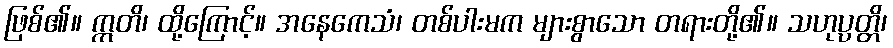
ဖြစ်၏။ ဣတိ၊ ထို့ကြောင့်။ အနေကေသံ၊ တစ်ပါးမက များစွာသော တရားတို့၏။ သဟုပ္ပတ္တိ၊